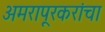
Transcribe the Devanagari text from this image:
अमरापूरकरांचा